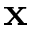
\textbf { x }